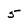
Character: 5